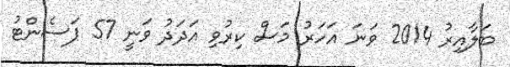
ބަލާއިރު 2014 ވަނަ އަހަރު މަސް ކިރުވި އަދަދު ވަނީ 57 ޕަސެންޓު